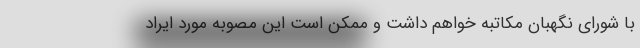
با شورای نگهبان مکاتبه خواهم داشت و ممکن است این مصوبه مورد ایراد